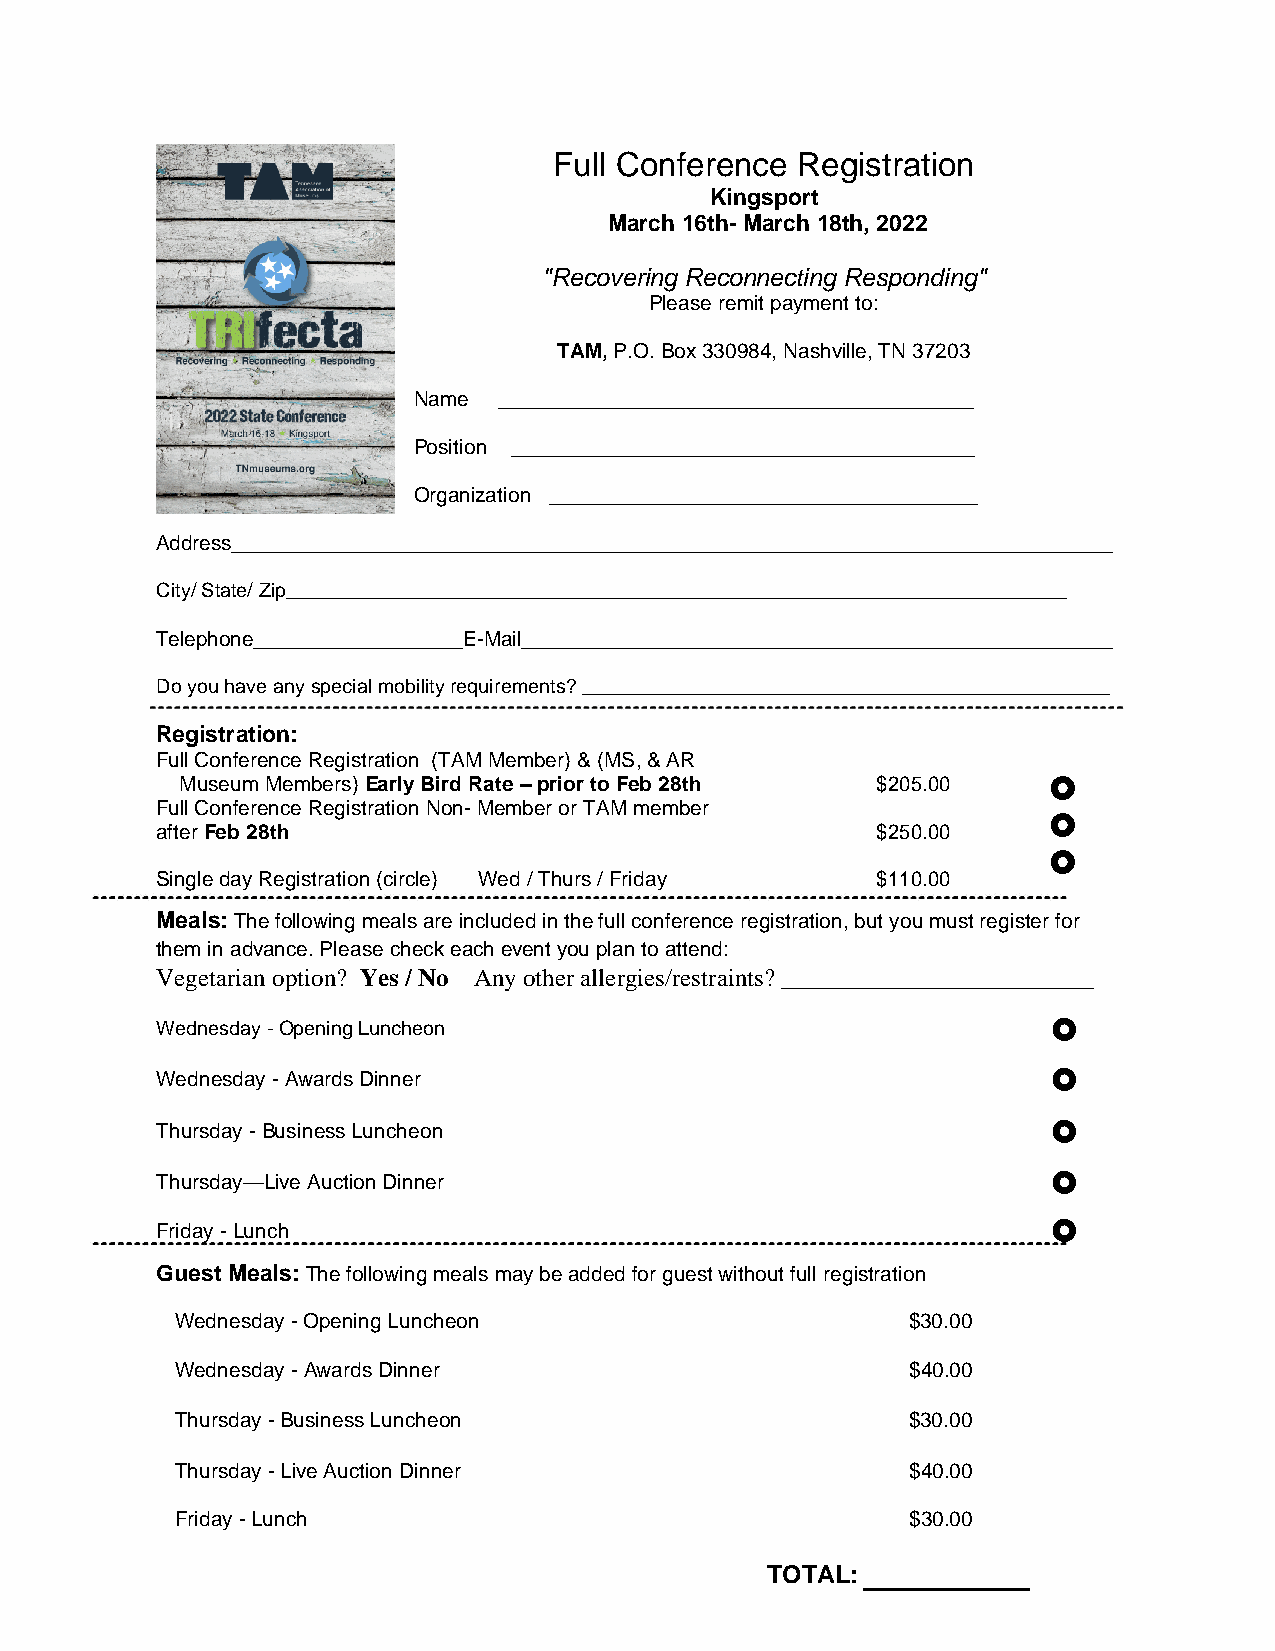
Full Conference Registration
 Kingsport
 March 16th- March 18th, 2022
 "Recovering Reconnecting Responding"
 Please remit payment to:
 TAM, P.O. Box 330984, Nashville, TN 37203
 Name  _________________________________________
 Position ________________________________________
 Organization _____________________________________
 Address____________________________________________________________________________
 City/ State/ Zip_______________________________________________________________________
 Telephone__________________E-Mail___________________________________________________
 Do you have any special mobility requirements? ________________________________________________
 Registration:
 Full Conference Registration (TAM Member) & (MS, & AR
 Museum Members) Early Bird Rate – prior to Feb 28th $205.00 
 Full Conference Registration Non- Member or TAM member
 
 after Feb 28th                                  $250.00
 
 Single day Registration (circle) Wed / Thurs / Friday $110.00
 Meals: The following meals are included in the full conference registration, but you must register for
 them in advance. Please check each event you plan to attend:
 Vegetarian option? Yes / No Any other allergies/restraints? _________________________
 Wednesday - Opening Luncheon                                
 Wednesday - Awards Dinner                                   
 Thursday - Business Luncheon                                
 Thursday—Live Auction Dinner                                
 Friday - Lunch                                              
 Guest Meals: The following meals may be added for guest without full registration
 Wednesday - Opening Luncheon                    $30.00
 Wednesday - Awards Dinner                       $40.00
 Thursday - Business Luncheon                    $30.00
 Thursday - Live Auction Dinner                  $40.00
 Friday - Lunch                                  $30.00
 TOTAL: